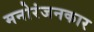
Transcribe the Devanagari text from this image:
मनोरंजनकार